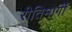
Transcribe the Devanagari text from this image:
रीतिमार्गी